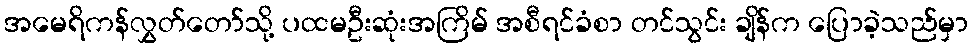
အမေရိကန်လွှတ်တော်သို့ ပထမဦးဆုံးအကြိမ် အစီရင်ခံစာ တင်သွင်း ချိန်က ပြောခဲ့သည်မှာ